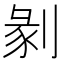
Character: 剶